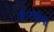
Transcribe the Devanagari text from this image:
हैं।रोहिणी